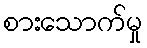
စားသောက်မှု